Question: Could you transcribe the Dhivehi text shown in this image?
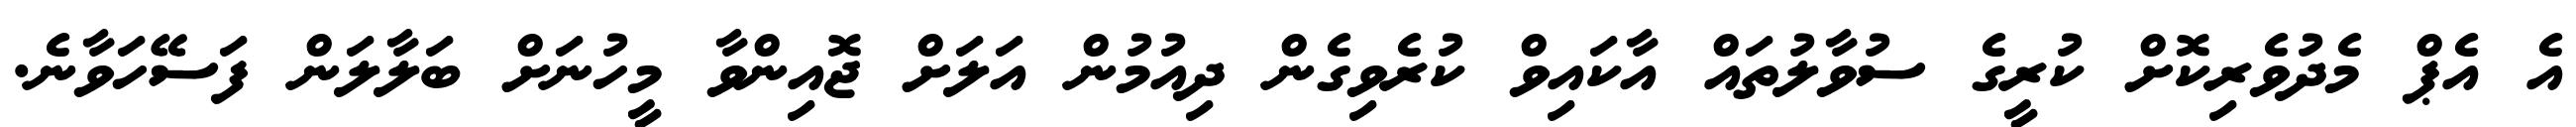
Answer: އެ އެޕް މެދުވެރިކޮށް ކުރީގެ ސުވާލުތައް އާކައިވް ކުރެވިގެން ދިއުމުން އަލަށް ޖޮއިންވާ މީހުނަށް ބަލާލަން ފަސޭހަވާނެ.